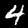
Label: 4